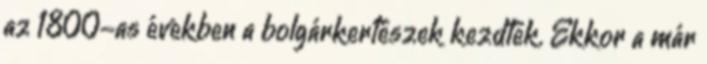
az 1800-as években a bolgárkertészek kezdtek. Ekkor a már